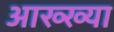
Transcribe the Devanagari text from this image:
आख्‍ख्या